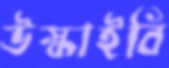
উস্‌কাইবি